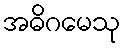
အဓိဂမေသု